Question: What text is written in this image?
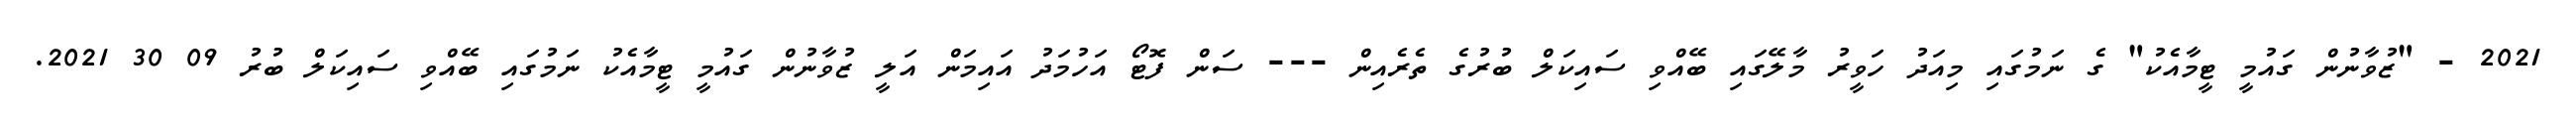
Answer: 2021 - "ޒުވާނުން ގައުމީ ޓީމާއެކު" ގެ ނަމުގައި މިއަދު ހަވީރު މާލޭގައި ބޭއްވި ސައިކަލް ބުރުގެ ތެރެއިން --- ސަން ފޮޓޯ އަހުމަދު އައިމަން އަލީ ޒުވާނުން ގައުމީ ޓީމާއެކު ނަމުގައި ބޭއްވި ސައިކަލް ބުރު 09 30 2021.